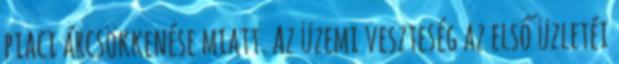
piaci árcsökkenése miatt. Az üzemi veszteség az első üzletéi